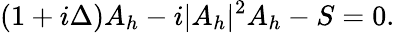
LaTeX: (1+i\Delta)A_{h}-i|A_{h}|^{2}A_{h}-S=0.